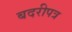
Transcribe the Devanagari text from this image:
बदरीपत्र